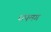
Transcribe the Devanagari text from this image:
धपमग